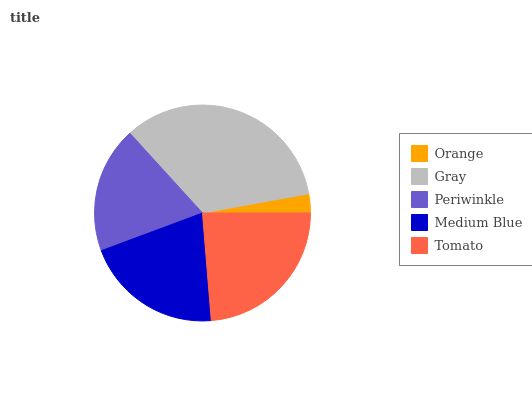
| Orange | Gray | Periwinkle | Medium Blue | Tomato |
 | --- | --- | --- | --- | --- |
 | 2.86% | 33.9% | 18.9% | 20.7% | 23.7% |